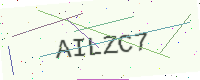
Text: AILZC7